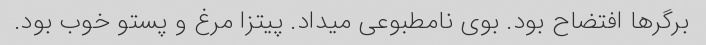
برگرها افتضاح بود. بوی نامطبوعی میداد. پیتزا مرغ و پستو خوب بود.